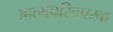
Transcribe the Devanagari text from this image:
आत्मचरितपरक